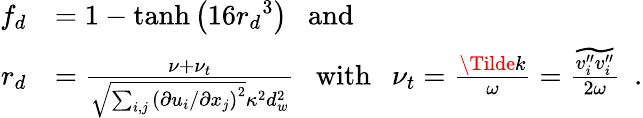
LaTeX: \begin{array}{rl}{f_{d}}&{=1-\operatorname{tanh}{\left({16r_{d}}^{3}\right)}\ \ \ \mathrm{and}}\\ {r_{d}}&{=\frac{\nu+\nu_{t}}{\sqrt{\sum_{i,j}{\left(\partial u_{i}/\partial x_{j}\right)}^{2}}\kappa^{2}d_{w}^{2}}\ \ \ \mathrm{with}\ \ \ \nu_{t}=\frac{\Tilde{k}}{\omega}=\frac{\widetilde{v_{i}^{\prime\prime}v_{i}^{\prime\prime}}}{2\omega}\ \ .}\end{array}